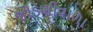
જોડણીવાળા